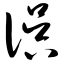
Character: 俣